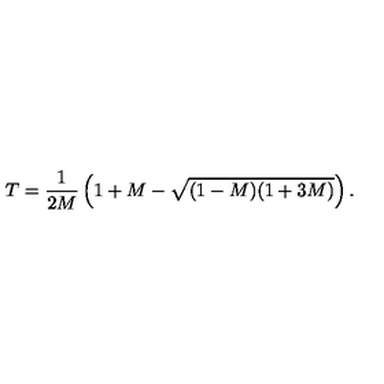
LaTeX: T = \frac { 1 } { 2 M } \left( 1 + M - \sqrt { ( 1 - M ) ( 1 + 3 M ) } \right) .